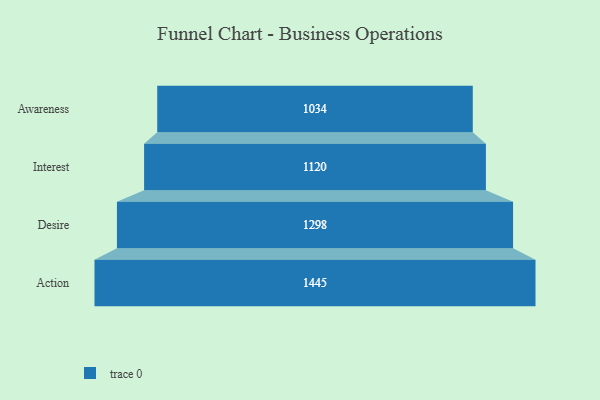
{"axis": {"x": "Stage", "y": "Value"}, "legend": [""], "data": [{"x": "Awareness", "y": 1034.0, "type": ""}, {"x": "Interest", "y": 1120.0, "type": ""}, {"x": "Desire", "y": 1298.0, "type": ""}, {"x": "Action", "y": 1445.0, "type": ""}]}